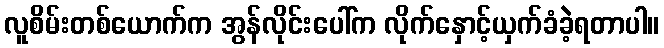
လူစိမ်းတစ်ယောက်က အွန်လိုင်းပေါ်က လိုက်နှောင့်ယှက်ခံခဲ့ရတာပါ။